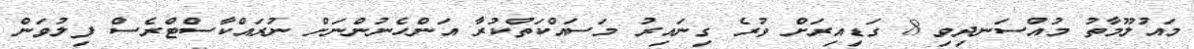
މައުލޫމާތު މުއްސަނދިވި 8 ގަޑިއިރަށް ވުރެ ގިނައިރު މަސައްކަތްކުރާ އަންހެނުންނަށް ނުރައްކާސްޓްރެސް ފިލުވަން